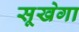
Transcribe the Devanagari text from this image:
सूखेगा